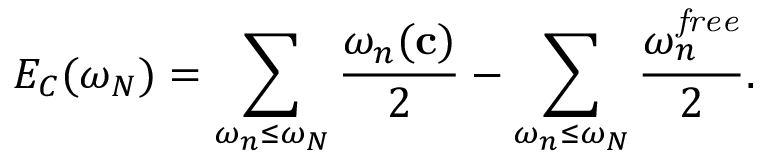
E _ { C } ( \omega _ { N } ) = \sum _ { \omega _ { n } \leq \omega _ { N } } { \frac { \omega _ { n } ( { \bf c } ) } { 2 } } - \sum _ { \omega _ { n } \leq \omega _ { N } } { \frac { \omega _ { n } ^ { \it f r e e } } { 2 } } .